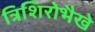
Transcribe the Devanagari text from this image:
त्रिशिरोभैखे